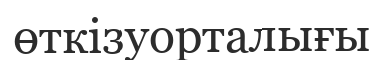
өткізуорталығы